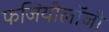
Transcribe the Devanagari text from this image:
फजियोलॉजी